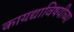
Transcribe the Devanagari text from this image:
कायद्याविषयीच्या